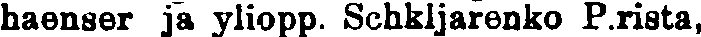
haenser ja yliopp. Schkljarenko P.rista,